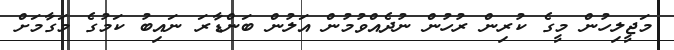
މަޖީލިހުން މީގެ ކުރިން ރުހުން ނުދެއްވުމުން އަލުން ބަންޑާރަ ނައިބު ކަމުގެ މަގާމަށް